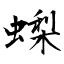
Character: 蟍